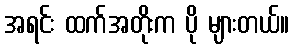
အရင်း ထက်အတိုးက ပို များတယ်။